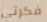
فكرتي